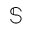
\mathbb { S }